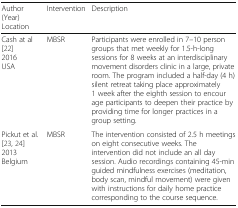
| Author (Year)Location | Intervention | Description |
 | --- | --- | --- |
 | Cash at al [22]2016USA | MBSR | Participants were enrolled in 7–10 person groups that met weekly for 1.5-h-long sessions for 8 weeks at an interdisciplinary movement disorders clinic in a large, private room. The program included a half-day (4 h) silent retreat taking place approximately 1 week after the eighth session to encourage participants to deepen their practice by providing time for longer practices in a group setting. |
 | Pickut et al. [23, 24]2013Belgium | MBSR | The intervention consisted of 2.5 h meetings on eight consecutive weeks. The intervention did not include an all day session. Audio recordings containing 45-min guided mindfulness exercises (meditation, body scan, mindful movement) were given with instructions for daily home practice corresponding to the course sequence. |